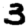
Digit: 3